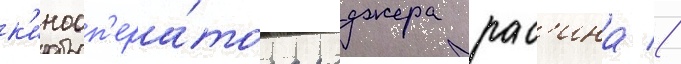
к'инооп'ера́тора роджера рас'ина //